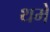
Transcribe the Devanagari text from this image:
थमे